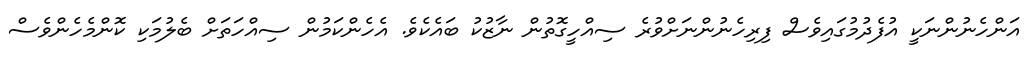
އަންހެނުންނަކީ އުފެދުމުގައިވެސް ފިރިހެނުންނަށްވުރެ ސިއްހީގޮތުން ނާޒުކު ބައެކެވެ. އެހެންކަމުން ސިއްހަތަށް ބެލުމަކި ކޮންމެހެންވެސް